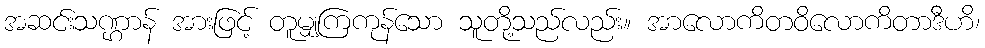
အဆင်းသဏ္ဌာန် အားဖြင့် တူမျှကြကုန်သော သူတို့သည်လည်း။ အာလောကိတဝိလောကိတာဒီဟိ၊